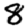
Digit: 8